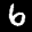
Label: 6